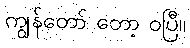
ကျွန်တော် တော့ ဝပြီ။